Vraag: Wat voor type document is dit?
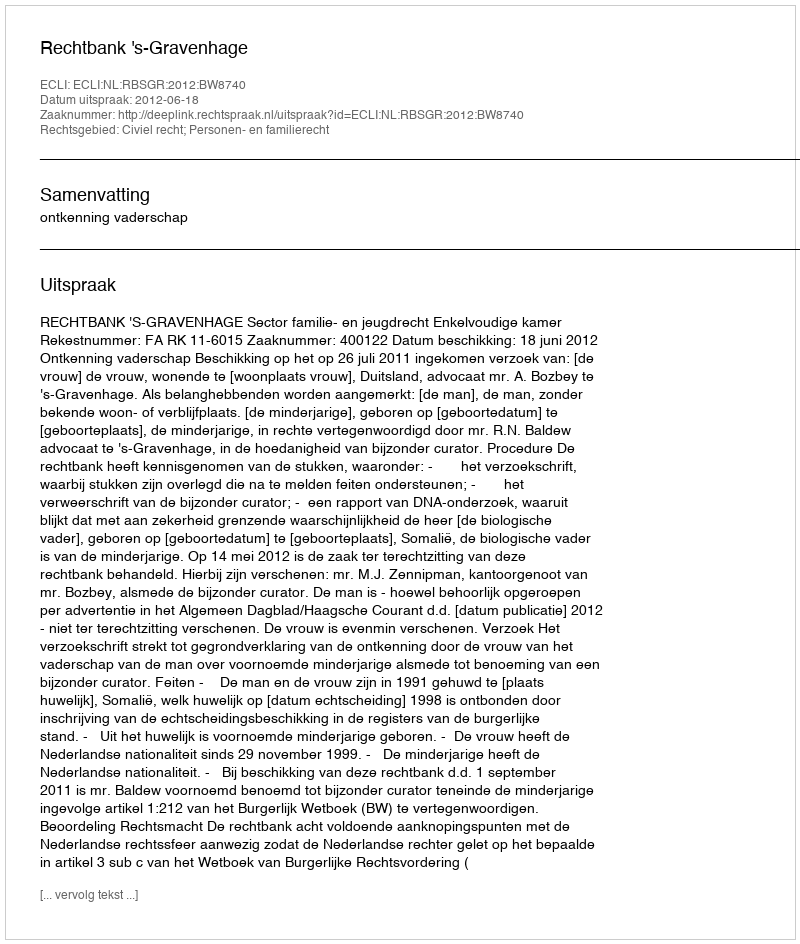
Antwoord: Uitspraak